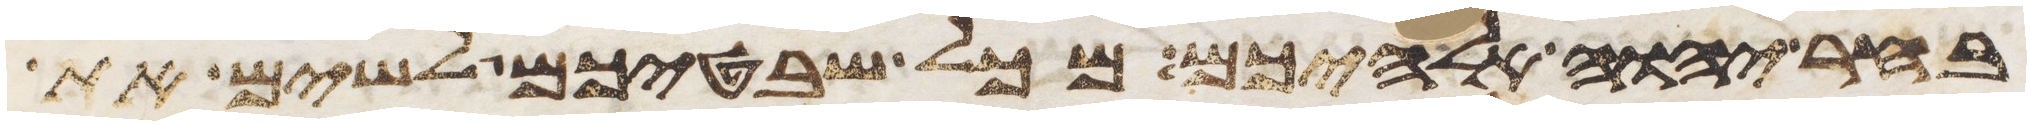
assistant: בחר יהוה אלהיכם מכל שבטיכם לשים את